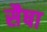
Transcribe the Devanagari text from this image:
सैषा